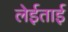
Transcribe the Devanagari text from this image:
लेईताई